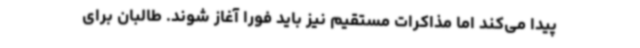
پیدا می‌کند اما مذاکرات مستقیم نیز باید فوراً آغاز شوند. طالبان برای